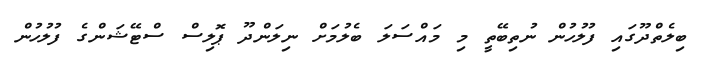
ބިލެތްދޫގައި ފުލުހުން ނުތިބޭތީ މި މައްސަލަ ބެލުމަށް ނިލަންދޫ ޕޮލިސް ސްޓޭޝަންގެ ފުލުހުން